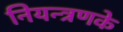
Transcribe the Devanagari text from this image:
नियन्त्रणके